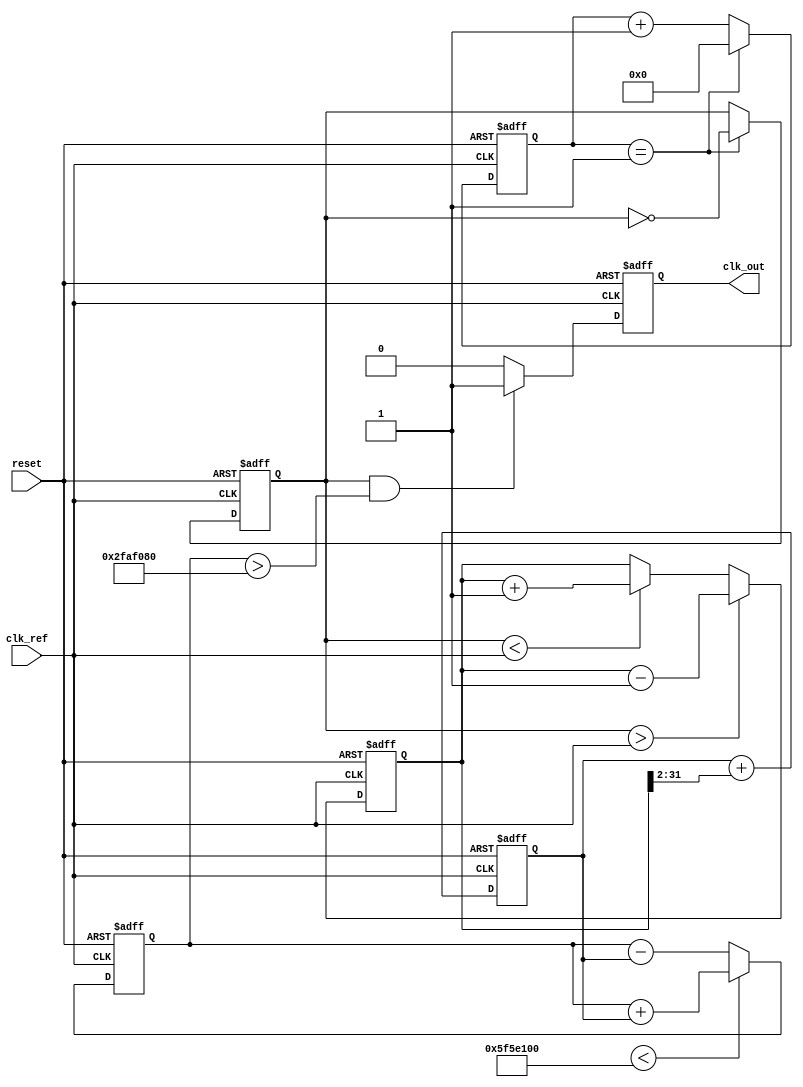
module parameterized_PLL #(
    parameter REF_FREQ = 50_000_000, // Reference frequency (Hz)
    parameter MULT_FACTOR = 4,        // Multiplication factor
    parameter DIV_FACTOR = 2,         // Division factor
    parameter FILTER_TYPE = 1,        // 1 for first-order filter
    parameter VCO_RANGE = 100_000_000 // VCO frequency range (Hz)
)(
    input wire clk_ref,                // Reference clock input
    input wire reset,                  // Asynchronous reset
    output reg clk_out                 // Output clock
);

    // Internal signals
    reg [31:0] vco_freq;               // VCO frequency
    reg [31:0] error_signal;           // Error signal from PD
    reg [31:0] control_voltage;        // Control voltage for VCO
    reg [31:0] feedback_clk_div;       // Feedback clock after division
    reg [31:0] feedback_counter;       // Counter for feedback clock division
    reg [31:0] loop_filter;            // Loop filter output

    // Parameters for feedback divider
    localparam DIVIDER_WIDTH = $clog2(DIV_FACTOR);

    // Phase Detector (PD)
    always @(posedge clk_ref or posedge reset) begin
        if (reset) begin
            error_signal <= 0;
        end else begin
            // Simple phase detector logic
            if (feedback_clk_div > clk_ref) begin
                error_signal <= error_signal - 1; // VCO needs to slow down
            end else if (feedback_clk_div < clk_ref) begin
                error_signal <= error_signal + 1; // VCO needs to speed up
            end
        end
    end

    // Loop Filter (First-order)
    always @(posedge clk_ref or posedge reset) begin
        if (reset) begin
            loop_filter <= 0;
        end else begin
            // Simple first-order filter
            loop_filter <= loop_filter + (error_signal >> 2); // Adjust filter gain as needed
        end
    end

    // Voltage-Controlled Oscillator (VCO)
    always @(posedge clk_ref or posedge reset) begin
        if (reset) begin
            vco_freq <= REF_FREQ * MULT_FACTOR; // Initial VCO frequency
        end else begin
            // Adjust VCO frequency based on control voltage
            if (control_voltage < VCO_RANGE) begin
                vco_freq <= vco_freq + loop_filter;
            end else begin
                vco_freq <= vco_freq - loop_filter;
            end
        end
    end

    // Feedback Divider
    always @(posedge clk_ref or posedge reset) begin
        if (reset) begin
            feedback_counter <= 0;
            feedback_clk_div <= 0;
        end else begin
            // Count up to DIV_FACTOR to generate feedback clock
            if (feedback_counter == (DIV_FACTOR - 1)) begin
                feedback_clk_div <= ~feedback_clk_div; // Toggle feedback clock
                feedback_counter <= 0;
            end else begin
                feedback_counter <= feedback_counter + 1;
            end
        end
    end

    // Output Clock Generation
    always @(posedge clk_ref or posedge reset) begin
        if (reset) begin
            clk_out <= 0;
        end else begin
            // Generate output clock based on VCO frequency
            clk_out <= (feedback_clk_div && (vco_freq > REF_FREQ)) ? 1 : 0;
        end
    end

endmodule